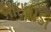
બાઇવાડા